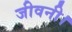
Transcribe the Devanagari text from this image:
जीवनी।